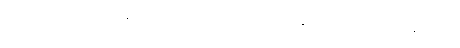
ဘာလို့လဲဆိုတော့ စက္ကန့်တိုင်းမှာ ကျွန်တော်တို့ဟာ အချိန်ဝင်ရိုးပေါ်မှာ တစ်နေရာမှာပဲ